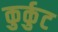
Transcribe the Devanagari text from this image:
कुर्कुट